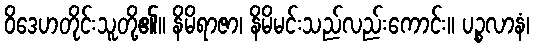
ဝိဒေဟတိုင်းသူတို့၏။ နိမိရာဇာ၊ နိမိမင်းသည်လည်းကောင်း။ ပဉ္စလာနံ၊